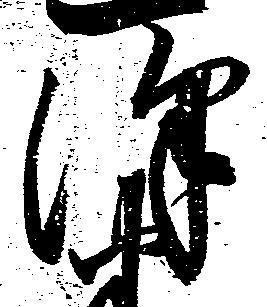
沢